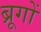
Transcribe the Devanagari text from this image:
ब्रूगों